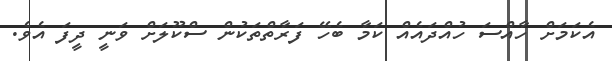
އެކަމަށް ހާއްސަ ހުއްދައެއް ކަމާ ބެހޭ ފަރާތްތަކުން ސްކޫލަށް ވަނީ ދީފަ އެވެ.